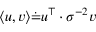
\langle u , v \rangle \dot { = } u ^ { \top } \cdot { \sigma } ^ { - 2 } v